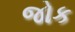
જોક